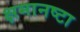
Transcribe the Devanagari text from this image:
क्षमानष्टा